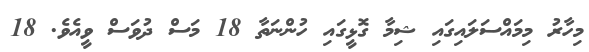
މިހާރު މިމައްސަލައިގައި ޝިމާ ގޮޅީގައި ހުންނަތާ 18 މަސް ދުވަސް ވީއެވެ. 18